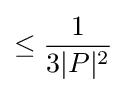
\leq {\frac {1}{3|P|^{2}}}